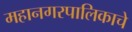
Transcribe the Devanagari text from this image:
महानगरपालिकाचे